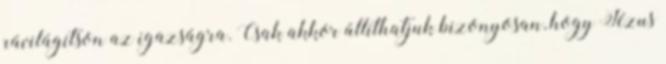
rávilágítson az igazságra. Csak akkor állíthatjuk bizonyosan, hogy Jézus